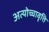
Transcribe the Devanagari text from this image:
अत्योच्चावृत्ति